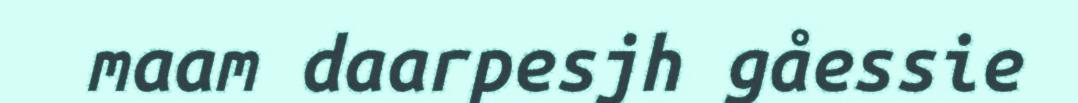
maam daarpesjh gåessie